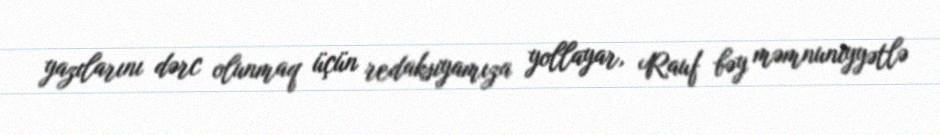
yazılarını dərc olunmaq üçün redaksiyamıza yollayar, Rauf bəy məmnuniyyətlə